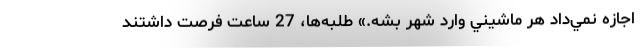
اجازه نمي‌داد هر ماشيني وارد شهر بشه.» طلبه‌ها، 27 ساعت فرصت داشتند